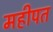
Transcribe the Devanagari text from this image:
महीपत